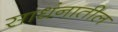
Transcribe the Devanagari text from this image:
साधंनातील